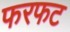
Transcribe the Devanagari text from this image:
फरफट